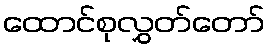
ထောင်စုလွှတ်တော်